Vaccination in Bombay 1856-1862 - 1856-1862
Year: 1856
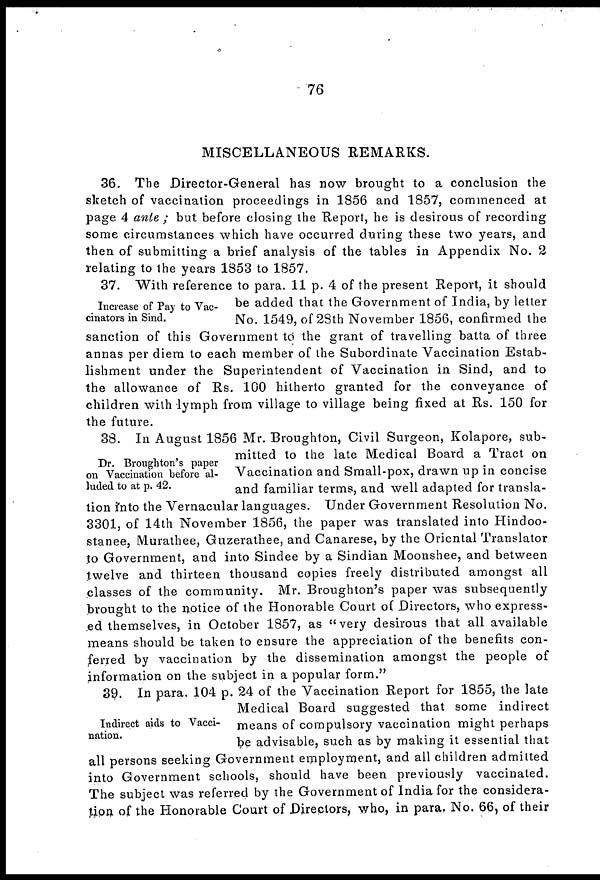
76
MISCELLANEOUS REMARKS.
36. The Director-General has now brought to a conclusion the
sketch of vaccination proceedings in 1856 and 1857, commenced at
page. 4 ante ; but before closing the Report, he is desirous of recording
some circumstances which have occurred during these two years, and
then of submitting a brief analysis of the tables in Appendix No. 2
relating to the years 1853 to 1857.
Increase of Pay to Vac-
cinators in Sind.
37. With reference to para. 11 p. 4 of the present Report, it should
be added that the Government of India, by letter
No. 1549, of 28th November 1856, confirmed the
sanction of this Government to the grant of travelling batta of three
annas per diem to each member of the Subordinate Vaccination Estab-
lishment under the Superintendent of Vaccination in Sind, and to
the allowance of Rs. 100 hitherto granted for the conveyance of
children with lymph from village to village being fixed at Rs. 150 for
the future.
Dr. Broughton's paper
on Vaccination before al-
luded to at p. 42.
38. In August 1856 Mr. Broughton, Civil Surgeon, Kolapore, sub-
mitted to the late Medical Board a Tract on
Vaccination and Small-pox, drawn up in concise
and familiar terms, and well adapted for transla-
tion into the Vernacular languages. Under Government Resolution No.
3301, of 14th November 1856, the paper was translated into Hindoo-
stanee, Murathee, Guzerathee, and Canarese, by the Oriental Translator
to Government, and into Sindee by a Sindian Moonshee, and between
twelve and thirteen thousand copies freely distributed amongst all
classes of the community. Mr. Broughton's paper was subsequently
brought to the notice of the Honorable Court of Directors, who express-
ed themselves, in October 1857, as "very desirous that all available
means should be taken to ensure the appreciation of the benefits con-
ferred by vaccination by the dissemination amongst the people of
information on the subject in a popular form."
Indirect aids to Vacci-
nation.
39. In para. 104 p. 24 of the Vaccination Report for 1855, the late
Medical Board suggested that some indirect
means of compulsory vaccination might perhaps
be advisable, such as by making it essential that
all persons seeking Government employment, and all children admitted
into Government schools, should have been previously vaccinated.
The subject was referred by the Government of India for the considera-
tion of the Honorable Court of Directors, who, in para, No. 66, of their